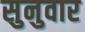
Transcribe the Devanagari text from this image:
सुनुवार